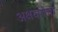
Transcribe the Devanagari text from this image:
अक्षयतेचा